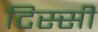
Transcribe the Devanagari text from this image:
टिस्सी